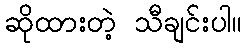
ဆိုထားတဲ့ သီချင်းပါ။